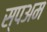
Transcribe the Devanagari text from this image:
स्पअम